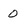
Character: 0